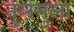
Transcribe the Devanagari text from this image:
तुलमुला